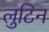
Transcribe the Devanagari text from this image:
लुटिन